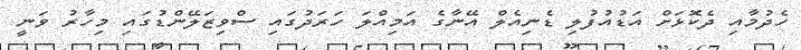
ހެދުމާއި ދެކޮޅަށް އަޑުއުފުލި ޑެނިއެލް އޭނާގެ އަމިއްލަ ހަރަދުގައި ސްވިޒަލޭންޑުގައި މިހާރު ވަނީ